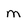
Character: M